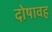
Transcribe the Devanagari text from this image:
दोषावह